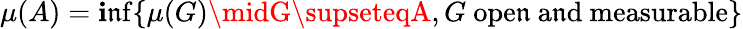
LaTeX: \mu(A)=\operatorname*{\mathbf{i}\mathfrak{n}f}\{ \mu(G)\midG\supseteqA,G{\mathrm{{~ope\mathfrak{n}~a\mathfrak{n}d~measurable}}}\}